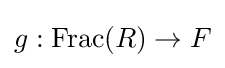
g:\operatorname {Frac} (R)\to F